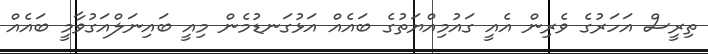
ތިރީސް އަހަރުގެ ވެރިން އެއީ ގައުމިއްޔަތުގެ ބައެއް އަޅުގަނޑުމެން މިއީ ބައިނަލްއަގުވާމީ ބައެއް